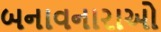
બનાવનારાઓ